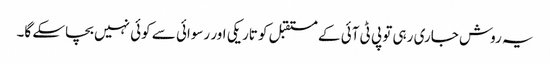
یہ روش جاری رہی تو پی ٹی آئی کے مستقبل کو تاریکی اور رسوائی سے کوئی نہیں بچاسکے گا۔